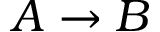
A \rightarrow B